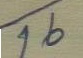
16